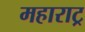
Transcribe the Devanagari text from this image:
महाराट्र